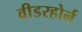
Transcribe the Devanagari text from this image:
वीडरहोर्न